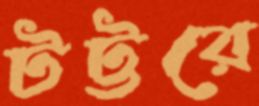
টট্টরে